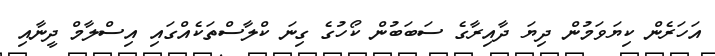
އަހަރެން ކިޔަވަމުން ދިޔަ ދާއިރާގެ ސަބަބުން ކޯހުގެ ގިނަ ކްލާސްތަކެއްގައި އިސްލާމް ދީނާއި